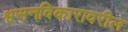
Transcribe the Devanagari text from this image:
श्वसनविकारावरील